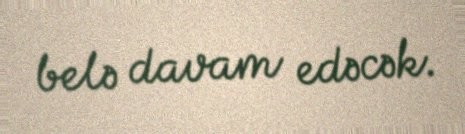
belə davam edəcək.